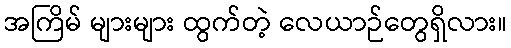
အကြိမ် များများ ထွက်တဲ့ လေယာဉ်တွေရှိလား။